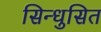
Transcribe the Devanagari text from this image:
सिन्धुसित